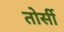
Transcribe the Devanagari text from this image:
तोर्सी